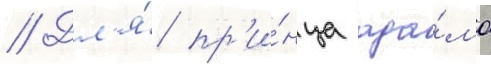
// Дл'я́ пр'и́нца ада́ма